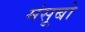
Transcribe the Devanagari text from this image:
मंसूबो